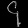
Digit: ၄